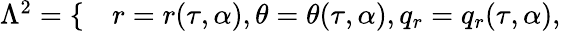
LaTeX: \begin{array}{rl}{\Lambda^{2}=\{ }&{{}r=r(\tau,\alpha),\theta=\theta(\tau,\alpha),q_{r}=q_{r}(\tau,\alpha),}\end{array}